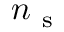
n _ { \mathrm { ~ s ~ } }